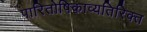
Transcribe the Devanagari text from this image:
पारितोषिकाव्यतिरिक्त